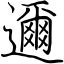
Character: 邇